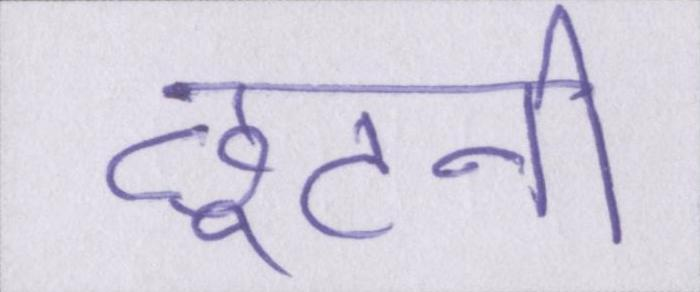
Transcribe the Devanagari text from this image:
छूटनी